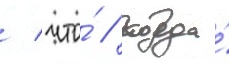
/ что́ / когда́